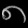
Digit: ၈